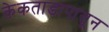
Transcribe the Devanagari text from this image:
केकताडापासून